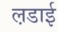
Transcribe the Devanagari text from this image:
ल़डाई